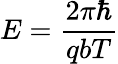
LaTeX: E=\frac{2\pi\hbar}{qbT}